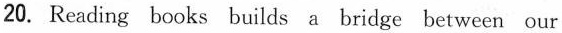
20. Reading books builds a bridge between our